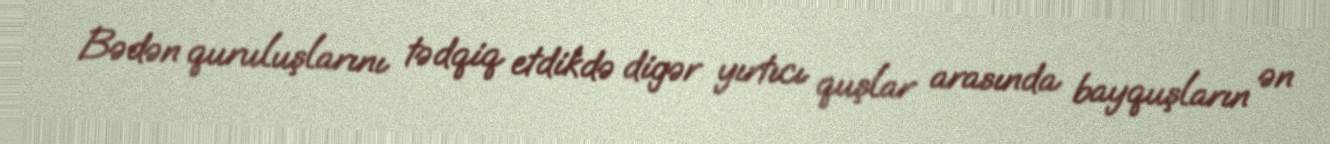
Bədən quruluşlarını tədqiq etdikdə digər yırtıcı quşlar arasında bayquşların ən